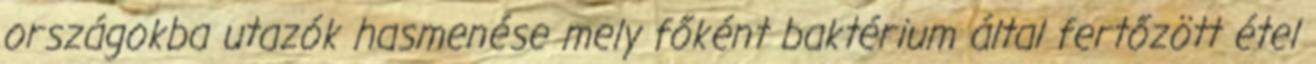
országokba utazók hasmenése mely főként baktérium által fertőzött étel